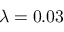
\lambda = 0 . 0 3